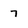
Character: 7